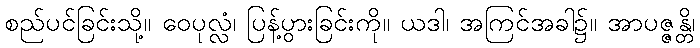
စည်ပင်ခြင်းသို့။ ဝေပုလ္လံ၊ ပြန့်ပွားခြင်းကို။ ယဒါ၊ အကြင်အခါ၌။ အာပဇ္ဇန္တိ၊